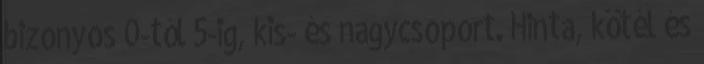
bizonyos 0-tól 5-ig, kis- és nagycsoport. Hinta, kötél és